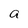
Character: a